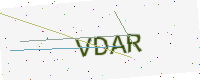
Text: VDAR